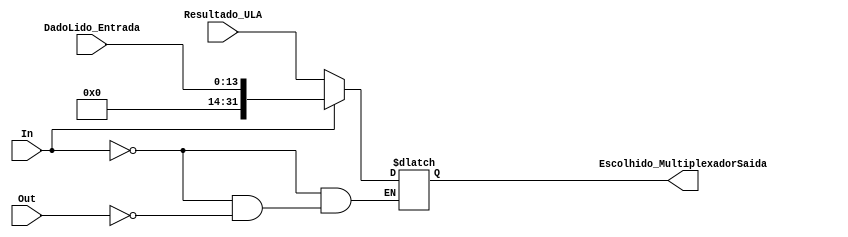
module MultiplexadorSaida(
	input [13:0] DadoLido_Entrada, 
	input [31:0] Resultado_ULA,
	input In, Out,
	output [31:0] Escolhido_MultiplexadorSaida
);
	
	reg [31:0] escolhido;
	
	always @(*) begin
	
		if(In == 1) begin
			escolhido = {18'd0, DadoLido_Entrada};
		end
		
		else if(Out == 1) begin
			escolhido = Resultado_ULA;
		end
		
	end
	
	assign Escolhido_MultiplexadorSaida = escolhido;
	
endmodule